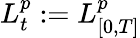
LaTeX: L_{t}^{p}:=L_{[0,T]}^{p}